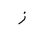
Letter: _zay